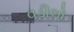
વડીલો